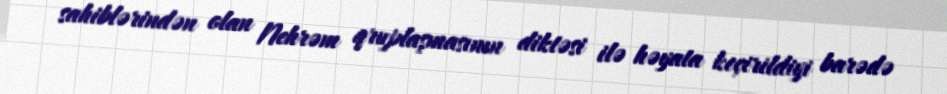
sahiblərindən olan Nehrəm qruplaşmasının diktəsi ilə həyata keçirildiyi barədə